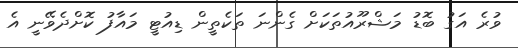
ވުރެ އަގު ބޮޑު މަޝްރޫއުތަކަށް ގެންނަ ތަކެތީން ޑިއުޓީ މައާފު ކޮށްދެވޭނީ އެ